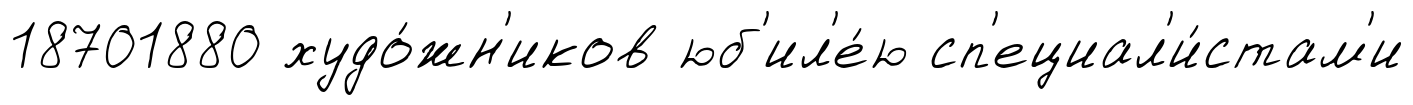
18701880 худо́жн'иков юб'ил'е́ю сп'ециал'и́стам'и